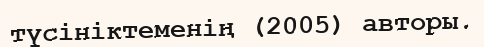
түсініктеменің (2005) авторы.